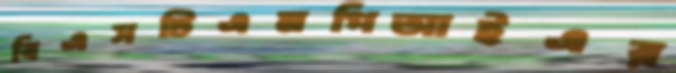
বিএসটিএমপিআইএর